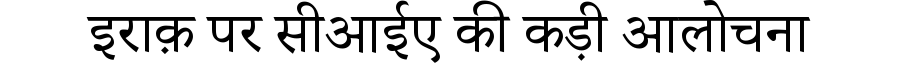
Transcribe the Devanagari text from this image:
इराक़ पर सीआईए की कड़ी आलोचना